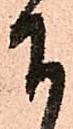
下